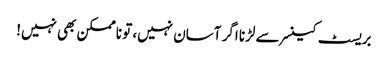
بریسٹ کینسر سے لڑنا اگر آسان نہیں، تو ناممکن بھی نہیں!